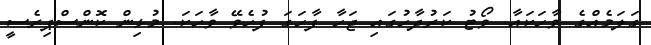
ގަލަމެއްގެ ވާހަކައާ. ވޯޓު ކަރުދާހުގައި ޖަހާ ފާހަގަ ފުހެވޭ ވާހަކަ. މުޅިން ކޮންސްޕިރެސީ